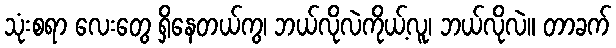
သုံးစရာ လေးတွေ ရှိနေတယ်ကွ၊ ဘယ်လိုလဲကိုယ့်လူ၊ ဘယ်လိုလဲ။ တာခက်